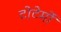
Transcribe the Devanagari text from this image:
टोटेमों